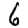
Digit: 6